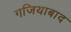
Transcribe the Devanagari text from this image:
गजियाबाद